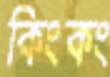
কিংকং